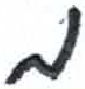
אות: מ